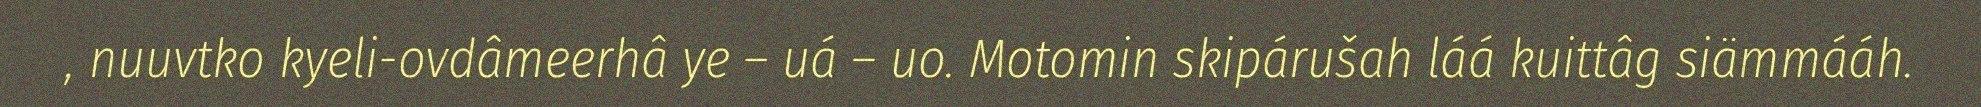
, nuuvtko kyeli-ovdâmeerhâ ye – uá – uo. Motomin skipárušah láá kuittâg siämmááh.